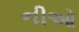
નીઓ